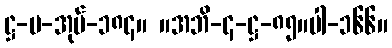
ဋ္ဌ-ပ-အုပ်-၁၈၄။ ။အဘိ-၄-ဋ္ဌ-၈၅။ပါ-၁၆၆။